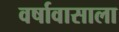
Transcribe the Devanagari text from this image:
वर्षावासाला